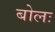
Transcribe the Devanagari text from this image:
बोलः